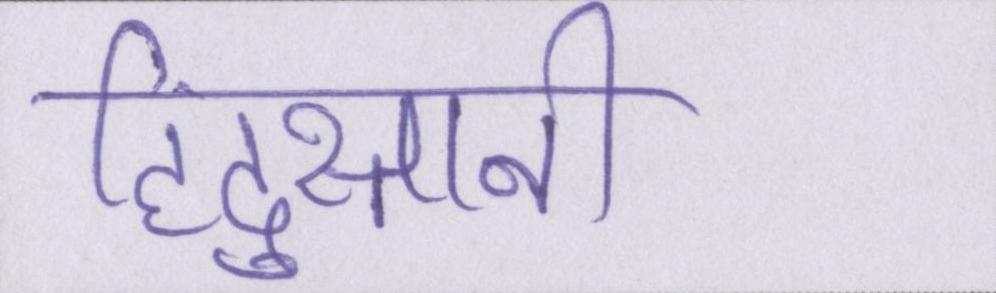
हिंदुस्तानी